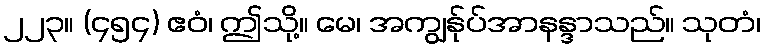
၂၂၃။ (၄၅၄) ဧဝံ၊ ဤသို့။ မေ၊ အကျွန်ုပ်အာနန္ဒာသည်။ သုတံ၊